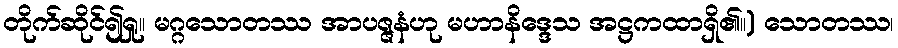
တိုက်ဆိုင်၍ရှု။ မဂ္ဂသောတဿ အာပဇ္ဇနံဟု မဟာနိဒ္ဒေသ အဋ္ဌကထာရှိ၏။) သောတဿ၊